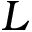
L